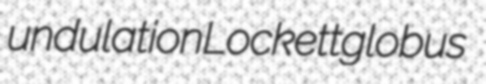
undulation Lockett globus